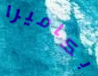
بكاميرا